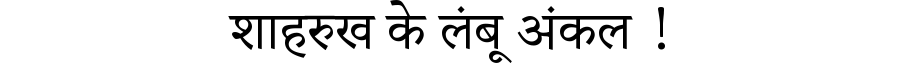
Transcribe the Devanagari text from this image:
शाहरुख के लंबू अंकल !